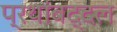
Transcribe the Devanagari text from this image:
प्रथांबद्दल